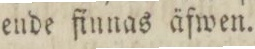
ende finnas äfwen.